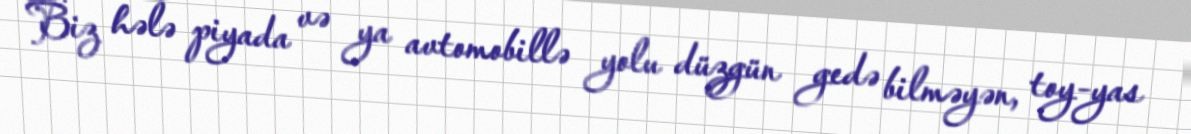
Biz hələ piyada və ya avtomobillə yolu düzgün gedə bilməyən, toy-yas